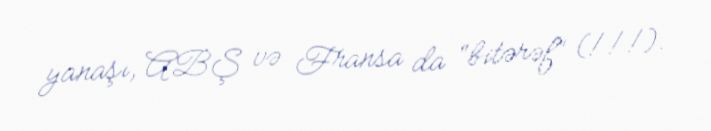
yanaşı, ABŞ və Fransa da “bitərəf” (!!!).